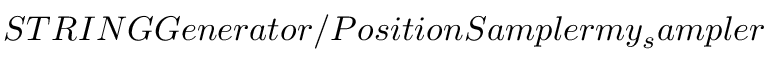
S T R I N G G e n e r a t o r / P o s i t i o n S a m p l e r m y _ { s } a m p l e r